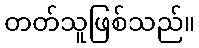
တတ်သူဖြစ်သည်။